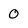
Character: O